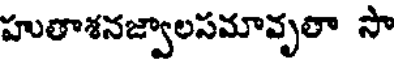
హుతాశనజ్వాలసమావృలా సా